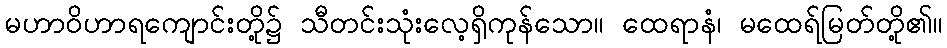
မဟာဝိဟာရကျောင်းတို့၌ သီတင်းသုံးလေ့ရှိကုန်သော။ ထေရာနံ၊ မထေရ်မြတ်တို့၏။